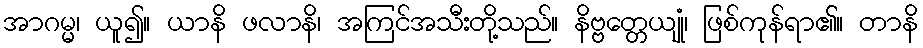
အာဂမ္မ၊ ယူ၍။ ယာနိ ဖလာနိ၊ အကြင်အသီးတို့သည်။ နိဗ္ဗတ္တေယျုံ၊ ဖြစ်ကုန်ရာ၏။ တာနိ